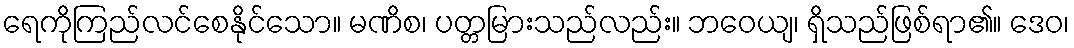
ရေကိုကြည်လင်စေနိုင်သော။ မဏိစ၊ ပတ္တမြားသည်လည်း။ ဘဝေယျ၊ ရှိသည်ဖြစ်ရာ၏။ ဒေဝ၊